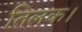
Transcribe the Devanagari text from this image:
तिलक।